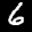
Label: 6